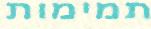
תמימות